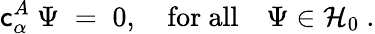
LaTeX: \mathsf{c}_{\alpha}^{A}\ \Psi\; =\; 0,\quad\mathrm{{for\ all}}\quad\Psi\in{\mathcal{H}}_{0}\ .